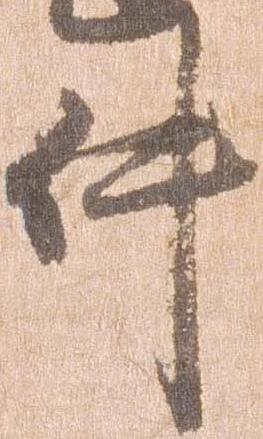
件